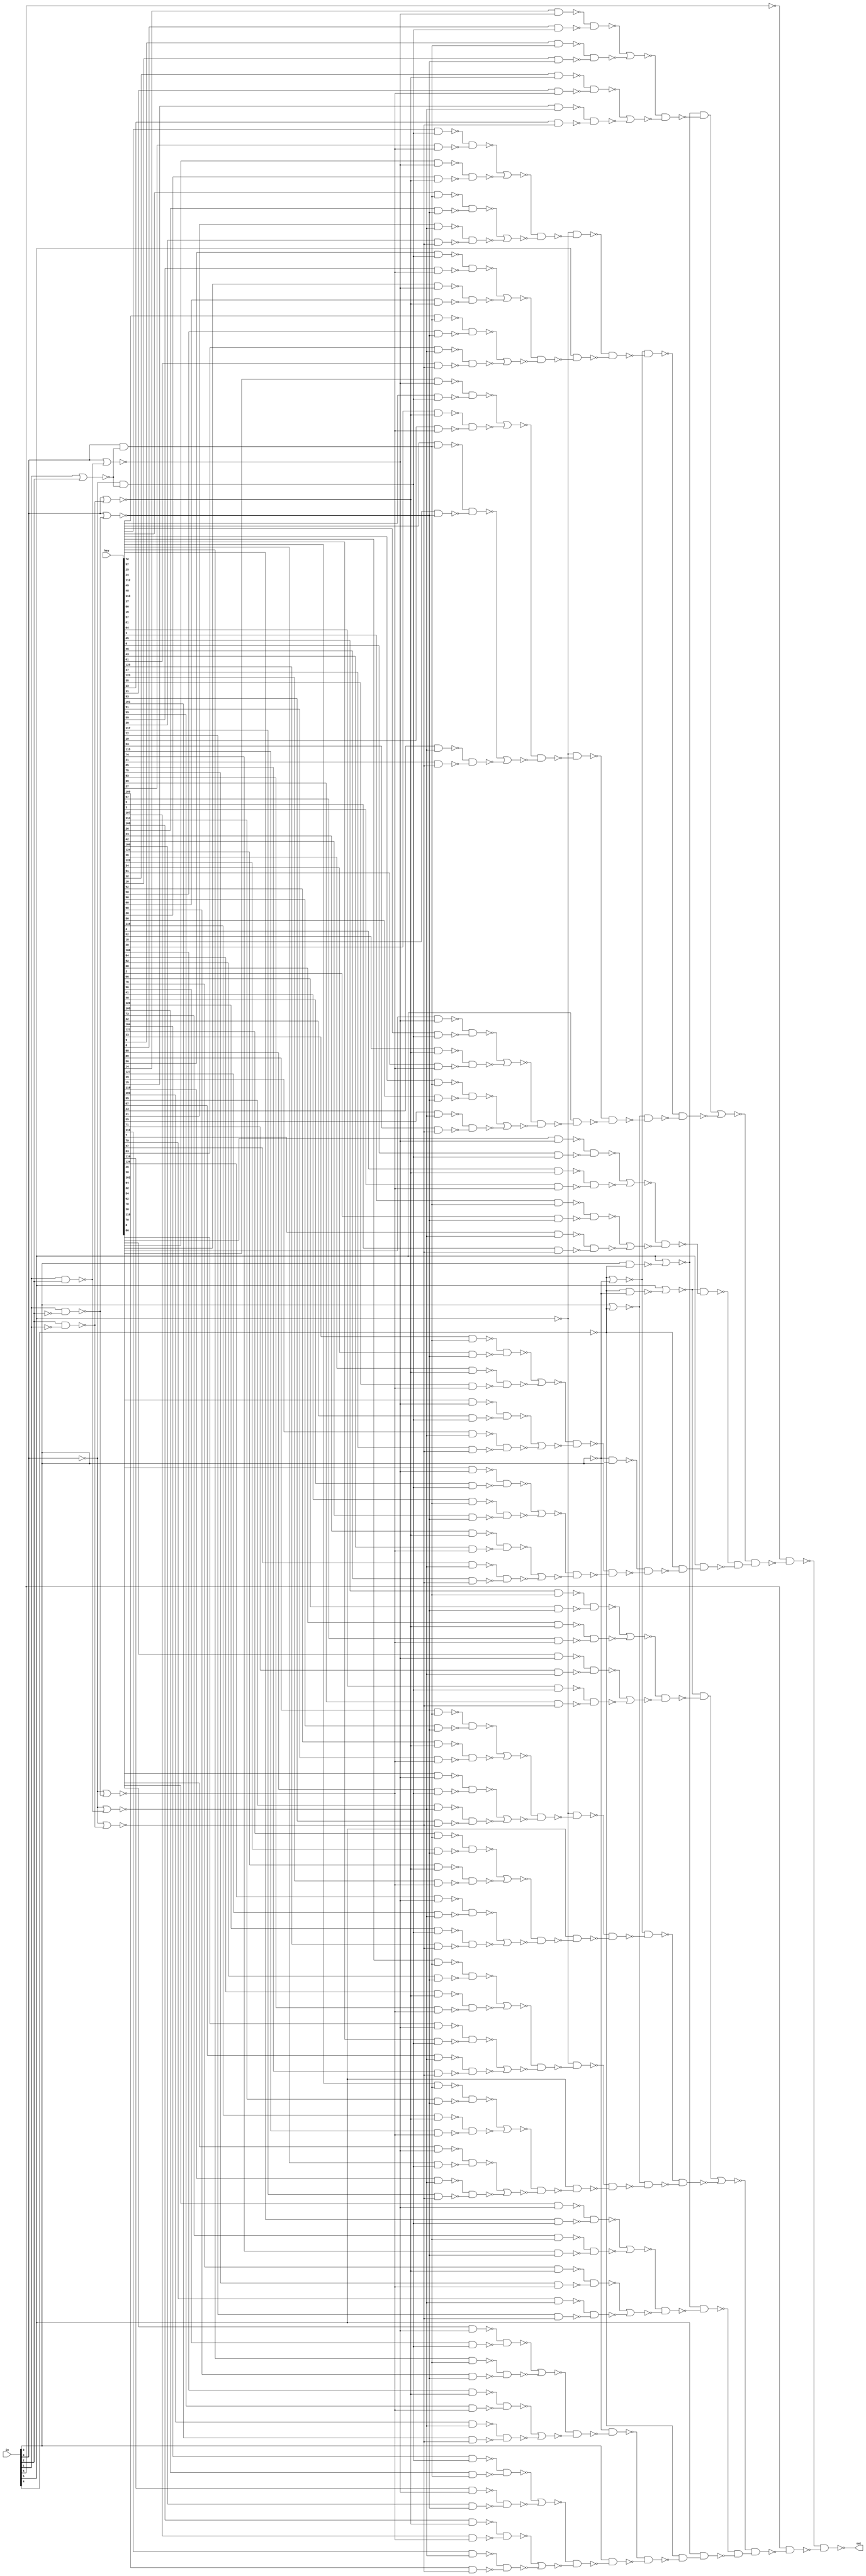

// Generated by Cadence Genus(TM) Synthesis Solution 16.22-s033_1
// Generated on: Mar 28 2020 17:16:53 EDT (Mar 28 2020 21:16:53 UTC)

// Verification Directory fv/LUT_WINPUT7 

module LUT_WINPUT7(in, out, key);
  input [6:0] in;
  input [127:0] key;
  output out;
  wire [6:0] in;
  wire [127:0] key;
  wire out;
  wire n_0, n_1, n_2, n_3, n_4, n_5, n_6, n_7;
  wire n_8, n_9, n_10, n_11, n_12, n_13, n_14, n_15;
  wire n_16, n_17, n_18, n_19, n_20, n_21, n_22, n_23;
  wire n_24, n_25, n_26, n_27, n_28, n_29, n_30, n_31;
  wire n_32, n_33, n_34, n_35, n_36, n_37, n_38, n_39;
  wire n_40, n_41, n_42, n_43, n_44, n_45, n_46, n_47;
  wire n_48, n_49, n_50, n_51, n_52, n_53, n_54, n_55;
  wire n_56, n_57, n_58, n_59, n_60, n_61, n_62, n_63;
  wire n_64, n_65, n_66, n_67, n_68, n_69, n_70, n_71;
  wire n_72, n_73, n_74, n_75, n_76, n_77, n_78, n_79;
  wire n_80, n_81, n_82, n_83, n_84, n_85, n_86, n_87;
  wire n_88, n_89, n_90, n_91, n_92, n_93, n_94, n_95;
  wire n_96, n_97, n_98, n_99, n_100, n_101, n_102, n_103;
  wire n_104, n_105, n_106, n_107, n_108, n_109, n_110, n_111;
  wire n_112, n_113, n_114, n_115, n_116, n_117, n_118, n_119;
  wire n_120, n_121, n_122, n_123, n_124, n_125, n_126, n_127;
  wire n_128, n_129, n_130, n_131, n_132, n_133, n_134, n_135;
  wire n_136, n_137, n_138, n_139, n_140, n_141, n_142, n_143;
  wire n_144, n_145, n_146, n_147, n_148, n_149, n_150, n_151;
  wire n_152, n_153, n_154, n_155, n_156, n_157, n_158, n_159;
  wire n_160, n_161, n_162, n_163, n_164, n_165, n_166, n_167;
  wire n_168, n_169, n_170, n_171, n_172, n_173, n_174, n_175;
  wire n_176, n_177, n_178, n_179, n_180, n_181, n_182, n_183;
  wire n_184, n_185, n_186, n_187, n_188, n_189, n_190, n_191;
  wire n_192, n_193, n_194, n_195, n_196, n_197, n_198, n_199;
  wire n_200, n_201, n_202, n_203, n_204, n_205, n_206, n_207;
  wire n_208, n_209, n_210, n_211, n_212, n_213, n_214, n_215;
  wire n_216, n_217, n_218, n_219, n_220, n_221, n_222, n_223;
  wire n_224, n_225, n_226, n_227, n_228, n_229, n_230, n_231;
  wire n_232, n_233, n_234, n_235, n_236, n_237, n_238, n_239;
  wire n_240, n_241, n_242, n_243, n_244, n_245, n_246, n_247;
  wire n_248, n_249, n_250, n_251, n_252, n_253, n_254, n_255;
  wire n_256, n_257, n_258, n_259, n_260, n_261, n_262, n_263;
  wire n_264, n_265, n_266, n_267, n_268, n_269, n_270, n_271;
  wire n_272, n_273, n_274, n_275, n_276, n_277, n_278, n_279;
  wire n_280, n_281, n_282, n_283, n_284, n_285, n_286, n_287;
  wire n_288, n_289, n_290, n_291, n_292, n_293, n_294, n_295;
  wire n_296, n_297, n_298, n_299, n_300, n_301, n_302, n_303;
  wire n_304, n_305, n_306, n_307, n_308, n_309, n_310, n_311;
  wire n_312;
  nand g2318__7837 (out, n_311, n_312);
  nand g2319__7557 (n_312, in[6], n_310);
  nand g2320__7654 (n_311, n_0, n_309);
  nand g2321__8867 (n_310, n_304, n_308);
  nand g2322__1377 (n_309, n_303, n_307);
  not g2325 (n_308, n_306);
  not g2326 (n_307, n_305);
  nand g2327__3717 (n_306, n_262, n_302);
  nand g2328__4599 (n_305, n_278, n_301);
  nor g2324__3779 (n_304, n_281, n_300);
  nor g2323__2007 (n_303, n_280, n_299);
  nand g2330__1237 (n_302, in[5], n_297);
  nand g2329__1297 (n_301, in[5], n_298);
  nand g2331__2006 (n_300, n_296, n_293);
  nand g2332__2833 (n_299, n_295, n_292);
  not g2336 (n_298, n_290);
  not g2337 (n_297, n_289);
  nand g2333__7547 (n_296, n_294, n_282);
  nand g2334__7765 (n_295, n_294, n_286);
  nand g2335__9867 (n_293, n_291, n_285);
  nand g2338__3377 (n_292, n_291, n_284);
  nand g2339__9719 (n_290, n_288, n_287);
  nand g2340__1591 (n_289, n_288, n_283);
  nand g2342__6789 (n_287, n_276, n_268);
  nand g2343__5927 (n_286, n_272, n_265);
  nand g2344__2001 (n_285, n_270, n_264);
  nand g2345__1122 (n_284, n_269, n_263);
  nand g2346__2005 (n_283, n_275, n_260);
  nand g2341__9771 (n_282, n_273, n_267);
  not g2347 (n_281, n_279);
  not g2356 (n_280, n_266);
  nand g2352__3457 (n_279, n_277, n_247);
  nand g2349__1279 (n_278, n_277, n_244);
  nand g2350__6179 (n_276, n_274, n_257);
  nand g2351__7837 (n_275, n_274, n_255);
  nand g2348__7557 (n_273, n_271, n_254);
  nand g2353__7654 (n_272, n_271, n_252);
  nand g2354__8867 (n_270, n_271, n_246);
  nand g2355__1377 (n_269, n_271, n_248);
  nand g2361__3717 (n_268, in[3], n_259);
  nand g2358__4599 (n_267, in[5], n_258);
  nand g2359__3779 (n_266, n_261, n_256);
  nand g2360__2007 (n_265, in[5], n_253);
  nand g2357__1237 (n_264, in[5], n_251);
  nand g2362__1297 (n_263, in[5], n_250);
  nand g2363__2006 (n_262, n_261, n_249);
  nand g2364__2833 (n_260, in[3], n_245);
  nand g2369__7547 (n_259, n_234, n_236);
  nand g2366__7765 (n_258, n_232, n_235);
  nand g2367__9867 (n_257, n_231, n_233);
  nand g2368__3377 (n_256, n_226, n_230);
  nand g2365__9719 (n_255, n_239, n_229);
  nand g2370__1591 (n_254, n_212, n_243);
  nand g2371__6789 (n_253, n_224, n_225);
  nand g2372__5927 (n_252, n_220, n_238);
  nand g2377__2001 (n_251, n_219, n_221);
  nand g2374__1122 (n_250, n_217, n_218);
  nand g2375__2005 (n_249, n_237, n_214);
  nand g2376__9771 (n_248, n_227, n_216);
  nand g2373__3457 (n_247, n_241, n_213);
  nand g2378__1279 (n_246, n_242, n_215);
  nand g2379__6179 (n_245, n_223, n_228);
  nand g2380__7837 (n_244, n_222, n_240);
  nor g2391__7557 (n_243, n_190, n_195);
  nor g2409__7654 (n_242, n_160, n_162);
  nor g2410__8867 (n_241, n_152, n_156);
  nor g2411__1377 (n_240, n_153, n_155);
  nor g2412__3717 (n_239, n_172, n_179);
  nor g2381__4599 (n_238, n_178, n_164);
  nor g2382__3779 (n_237, n_187, n_208);
  nor g2383__2007 (n_236, n_209, n_196);
  nor g2384__1237 (n_235, n_149, n_204);
  nor g2385__1297 (n_234, n_206, n_207);
  nor g2386__2006 (n_233, n_201, n_202);
  nor g2387__2833 (n_232, n_200, n_203);
  nor g2388__7547 (n_231, n_198, n_199);
  nor g2389__7765 (n_230, n_194, n_197);
  nor g2390__9867 (n_229, n_189, n_193);
  nor g2408__3377 (n_228, n_154, n_157);
  nor g2407__9719 (n_227, n_158, n_188);
  nor g2393__1591 (n_226, n_191, n_192);
  nor g2394__6789 (n_225, n_184, n_185);
  nor g2395__5927 (n_224, n_181, n_182);
  nor g2396__2001 (n_223, n_211, n_210);
  nor g2397__1122 (n_222, n_150, n_151);
  nor g2398__2005 (n_221, n_175, n_177);
  nor g2399__9771 (n_220, n_174, n_176);
  nor g2400__3457 (n_219, n_168, n_171);
  nor g2401__1279 (n_218, n_170, n_173);
  nor g2402__6179 (n_217, n_167, n_169);
  nor g2403__7837 (n_216, n_205, n_166);
  nor g2404__7557 (n_215, n_163, n_180);
  nor g2405__7654 (n_214, n_165, n_161);
  nor g2406__8867 (n_213, n_148, n_159);
  nor g2392__1377 (n_212, n_183, n_186);
  nand g2413__3717 (n_211, n_53, n_56);
  nand g2414__4599 (n_210, n_27, n_87);
  nand g2415__3779 (n_209, n_90, n_127);
  nand g2417__2007 (n_208, n_55, n_106);
  nand g2418__1237 (n_207, n_59, n_88);
  nand g2419__1297 (n_206, n_24, n_58);
  nand g2420__2006 (n_205, n_137, n_69);
  nand g2421__2833 (n_204, n_57, n_124);
  nand g2422__7547 (n_203, n_86, n_122);
  nand g2423__7765 (n_202, n_43, n_123);
  nand g2424__9867 (n_201, n_23, n_54);
  nand g2425__3377 (n_200, n_52, n_84);
  nand g2426__9719 (n_199, n_85, n_120);
  nand g2427__1591 (n_198, n_51, n_83);
  nand g2428__6789 (n_197, n_41, n_119);
  nand g2429__5927 (n_196, n_29, n_128);
  nand g2430__2001 (n_195, n_38, n_117);
  nand g2431__1122 (n_194, n_81, n_118);
  nand g2432__2005 (n_193, n_39, n_116);
  nand g2433__9771 (n_192, n_50, n_80);
  nand g2434__3457 (n_191, n_45, n_49);
  nand g2435__1279 (n_190, n_21, n_48);
  nand g2436__6179 (n_189, n_67, n_114);
  nand g2437__7837 (n_188, n_68, n_109);
  nand g2438__7557 (n_187, n_17, n_147);
  nand g2439__7654 (n_186, n_79, n_115);
  nand g2440__8867 (n_185, n_28, n_126);
  nand g2441__1377 (n_184, n_134, n_78);
  nand g2442__3717 (n_183, n_47, n_77);
  nand g2443__4599 (n_182, n_18, n_76);
  nand g2444__3779 (n_181, n_46, n_113);
  nand g2445__2007 (n_180, n_37, n_104);
  nand g2446__1237 (n_179, n_146, n_75);
  nand g2447__1297 (n_178, n_145, n_91);
  nand g2448__2006 (n_177, n_40, n_111);
  nand g2449__2833 (n_176, n_16, n_74);
  nand g2450__7547 (n_175, n_15, n_141);
  nand g2451__7765 (n_174, n_143, n_100);
  nand g2452__9867 (n_173, n_34, n_108);
  nand g2453__3377 (n_172, n_22, n_60);
  nand g2454__9719 (n_171, n_72, n_107);
  nand g2455__1591 (n_170, n_140, n_73);
  nand g2456__6789 (n_169, n_70, n_82);
  nand g2457__5927 (n_168, n_138, n_94);
  nand g2458__2001 (n_167, n_19, n_139);
  nand g2459__1122 (n_166, n_36, n_105);
  nand g2460__2005 (n_165, n_61, n_103);
  nand g2461__9771 (n_164, n_35, n_112);
  nand g2463__3457 (n_163, n_12, n_136);
  nand g2464__1279 (n_162, n_66, n_102);
  nand g2465__6179 (n_161, n_30, n_110);
  nand g2466__7837 (n_160, n_133, n_65);
  nand g2467__7557 (n_159, n_132, n_101);
  nand g2468__7654 (n_158, n_20, n_135);
  nand g2469__8867 (n_157, n_32, n_99);
  nand g2470__1377 (n_156, n_64, n_98);
  nand g2471__3717 (n_155, n_31, n_97);
  nand g2472__4599 (n_154, n_92, n_95);
  nand g2473__3779 (n_153, n_131, n_63);
  nand g2474__2007 (n_152, n_130, n_62);
  nand g2475__1237 (n_151, n_71, n_96);
  nand g2476__1297 (n_150, n_13, n_129);
  nand g2416__2006 (n_149, n_25, n_44);
  nand g2462__2833 (n_148, n_14, n_33);
  nand g2493__7547 (n_147, key[72], n_142);
  nand g2494__7765 (n_146, key[97], n_144);
  nand g2495__9867 (n_145, key[25], n_144);
  nand g2496__3377 (n_143, key[24], n_142);
  nand g2497__9719 (n_141, key[112], n_142);
  nand g2498__1591 (n_140, key[49], n_144);
  nand g2499__6789 (n_139, key[48], n_142);
  nand g2500__5927 (n_138, key[113], n_144);
  nand g2501__2001 (n_137, key[17], n_144);
  nand g2502__1122 (n_136, key[80], n_142);
  nand g2503__2005 (n_135, key[16], n_142);
  nand g2504__9771 (n_134, key[57], n_144);
  nand g2505__3457 (n_133, key[81], n_144);
  nand g2506__1279 (n_132, key[64], n_142);
  nand g2507__6179 (n_131, key[1], n_144);
  nand g2508__7837 (n_130, key[65], n_144);
  nand g2509__7557 (n_129, key[0], n_142);
  nand g2511__7654 (n_128, key[45], n_125);
  nand g2512__8867 (n_127, key[43], n_121);
  nand g2514__1377 (n_126, key[61], n_125);
  nand g2515__3717 (n_124, key[125], n_125);
  nand g2517__4599 (n_123, key[37], n_125);
  nand g2518__3779 (n_122, key[123], n_121);
  nand g2519__2007 (n_120, key[35], n_121);
  nand g2522__1237 (n_119, key[13], n_125);
  nand g2523__1297 (n_118, key[11], n_121);
  nand g2526__2006 (n_117, key[93], n_125);
  nand g2527__2833 (n_116, key[101], n_125);
  nand g2529__7547 (n_115, key[91], n_121);
  nand g2530__7765 (n_114, key[99], n_121);
  nand g2531__9867 (n_113, key[59], n_121);
  nand g2534__3377 (n_112, key[29], n_125);
  nand g2535__9719 (n_111, key[117], n_125);
  nand g2536__1591 (n_110, key[77], n_125);
  nand g2537__6789 (n_109, key[19], n_121);
  nand g2539__5927 (n_108, key[53], n_125);
  nand g2540__2001 (n_107, key[115], n_121);
  nand g2541__1122 (n_106, key[74], n_93);
  nand g2542__2005 (n_105, key[21], n_125);
  nand g2543__9771 (n_104, key[85], n_125);
  nand g2545__3457 (n_103, key[75], n_121);
  nand g2546__1279 (n_102, key[83], n_121);
  nand g2548__6179 (n_101, key[69], n_125);
  nand g2549__7837 (n_100, key[27], n_121);
  nand g2550__7557 (n_99, key[109], n_125);
  nand g2551__7654 (n_98, key[67], n_121);
  nand g2553__8867 (n_97, key[5], n_125);
  nand g2555__1377 (n_96, key[3], n_121);
  nand g2556__3717 (n_95, key[107], n_121);
  nand g2559__4599 (n_94, key[114], n_93);
  nand g2560__3779 (n_92, key[108], n_89);
  nand g2561__2007 (n_91, key[26], n_93);
  nand g2562__1237 (n_90, key[44], n_89);
  nand g2564__1297 (n_88, key[42], n_93);
  nand g2567__2006 (n_87, key[106], n_93);
  nand g2569__2833 (n_86, key[124], n_89);
  nand g2570__7547 (n_85, key[36], n_89);
  nand g2571__7765 (n_84, key[122], n_93);
  nand g2572__9867 (n_83, key[34], n_93);
  nand g2573__3377 (n_82, key[51], n_121);
  nand g2574__9719 (n_81, key[12], n_89);
  nand g2579__1591 (n_80, key[10], n_93);
  nand g2580__6789 (n_79, key[92], n_89);
  nand g2581__5927 (n_78, key[58], n_93);
  nand g2582__2001 (n_77, key[90], n_93);
  nand g2584__1122 (n_76, key[60], n_89);
  nand g2585__2005 (n_75, key[98], n_93);
  nand g2588__9771 (n_74, key[28], n_89);
  nand g2590__3457 (n_73, key[50], n_93);
  nand g2591__1279 (n_72, key[116], n_89);
  nand g2603__6179 (n_71, key[4], n_89);
  nand g2592__7837 (n_70, key[52], n_89);
  nand g2593__7557 (n_69, key[18], n_93);
  nand g2594__7654 (n_68, key[20], n_89);
  nand g2595__8867 (n_67, key[100], n_89);
  nand g2597__1377 (n_66, key[84], n_89);
  nand g2598__3717 (n_65, key[82], n_93);
  nand g2599__4599 (n_64, key[68], n_89);
  nand g2600__3779 (n_63, key[2], n_93);
  nand g2601__2007 (n_62, key[66], n_93);
  nand g2602__1237 (n_61, key[76], n_89);
  nand g2478__1297 (n_60, key[96], n_142);
  nand g2479__2006 (n_59, key[41], n_144);
  nand g2480__2833 (n_58, key[40], n_142);
  nand g2481__7547 (n_57, key[120], n_142);
  nand g2482__7765 (n_56, key[105], n_144);
  nand g2483__9867 (n_55, key[73], n_144);
  nand g2484__3377 (n_54, key[32], n_142);
  nand g2485__9719 (n_53, key[104], n_142);
  nand g2486__1591 (n_52, key[121], n_144);
  nand g2487__6789 (n_51, key[33], n_144);
  nand g2488__5927 (n_50, key[9], n_144);
  nand g2489__2001 (n_49, key[8], n_142);
  nand g2490__1122 (n_48, key[88], n_142);
  nand g2491__2005 (n_47, key[89], n_144);
  nand g2492__9771 (n_46, key[56], n_142);
  nand g2557__3457 (n_45, key[14], n_26);
  nand g2513__1279 (n_44, key[127], n_42);
  nand g2516__6179 (n_43, key[39], n_42);
  nand g2520__7837 (n_41, key[15], n_42);
  nand g2521__7557 (n_40, key[119], n_42);
  nand g2524__7654 (n_39, key[103], n_42);
  nand g2525__8867 (n_38, key[95], n_42);
  nand g2528__1377 (n_37, key[87], n_42);
  nand g2532__3717 (n_36, key[23], n_42);
  nand g2533__4599 (n_35, key[31], n_42);
  nand g2538__3779 (n_34, key[55], n_42);
  nand g2544__2007 (n_33, key[71], n_42);
  nand g2547__1237 (n_32, key[111], n_42);
  nand g2552__1297 (n_31, key[7], n_42);
  nand g2554__2006 (n_30, key[79], n_42);
  nand g2510__2833 (n_29, key[47], n_42);
  nand g2477__7547 (n_28, key[63], n_42);
  nand g2563__7765 (n_27, key[110], n_26);
  nand g2565__9867 (n_25, key[126], n_26);
  nand g2566__3377 (n_24, key[46], n_26);
  nand g2568__9719 (n_23, key[38], n_26);
  nand g2575__1591 (n_22, key[102], n_26);
  nand g2576__6789 (n_21, key[94], n_26);
  nand g2577__5927 (n_20, key[22], n_26);
  nand g2578__2001 (n_19, key[54], n_26);
  nand g2583__1122 (n_18, key[62], n_26);
  nand g2586__2005 (n_17, key[78], n_26);
  nand g2587__9771 (n_16, key[30], n_26);
  nand g2589__3457 (n_15, key[118], n_26);
  nand g2596__1279 (n_14, key[70], n_26);
  nand g2604__6179 (n_13, key[6], n_26);
  nand g2558__7837 (n_12, key[86], n_26);
  nor g2607__7557 (n_89, in[0], n_11);
  not g2605 (n_142, n_7);
  nor g2610__7654 (n_93, in[0], n_10);
  not g2611 (n_144, n_6);
  nor g2612__8867 (n_261, in[5], n_4);
  nor g2613__1377 (n_277, in[5], n_3);
  nor g2615__3717 (n_125, n_9, n_11);
  nor g2616__4599 (n_121, n_9, n_10);
  nor g2609__3779 (n_42, n_9, n_8);
  nor g2606__2007 (n_26, in[0], n_8);
  nand g2608__1237 (n_7, n_9, n_5);
  nand g2614__1297 (n_6, in[0], n_5);
  nand g2621__2006 (n_4, in[3], n_288);
  nand g2618__2833 (n_11, in[2], n_1);
  nor g2620__7547 (n_291, in[3], n_288);
  nand g2622__7765 (n_3, n_288, n_274);
  nand g2617__9867 (n_10, in[1], n_2);
  nor g2624__3377 (n_294, n_288, n_274);
  nand g2623__9719 (n_8, in[1], in[2]);
  nor g2619__1591 (n_5, in[1], in[2]);
  not g2625 (n_2, in[2]);
  not g2627 (n_271, in[5]);
  not g2626 (n_9, in[0]);
  not g2629 (n_1, in[1]);
  not g2628 (n_0, in[6]);
  not g2631 (n_274, in[3]);
  not g2630 (n_288, in[4]);
endmodule